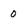
Character: 0